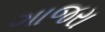
ગાજરા